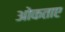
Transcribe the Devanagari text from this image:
ओकताए